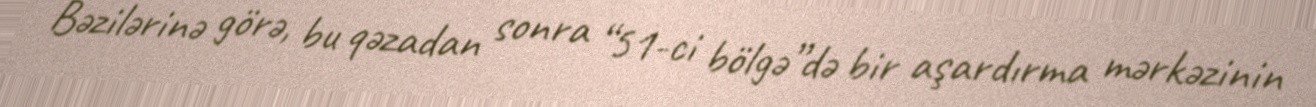
Bəzilərinə görə, bu qəzadan sonra “51-ci bölgə”də bir aşardırma mərkəzinin